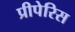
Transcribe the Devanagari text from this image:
प्रीपेरिस